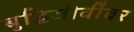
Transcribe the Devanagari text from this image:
बुद्धिजीवींवर